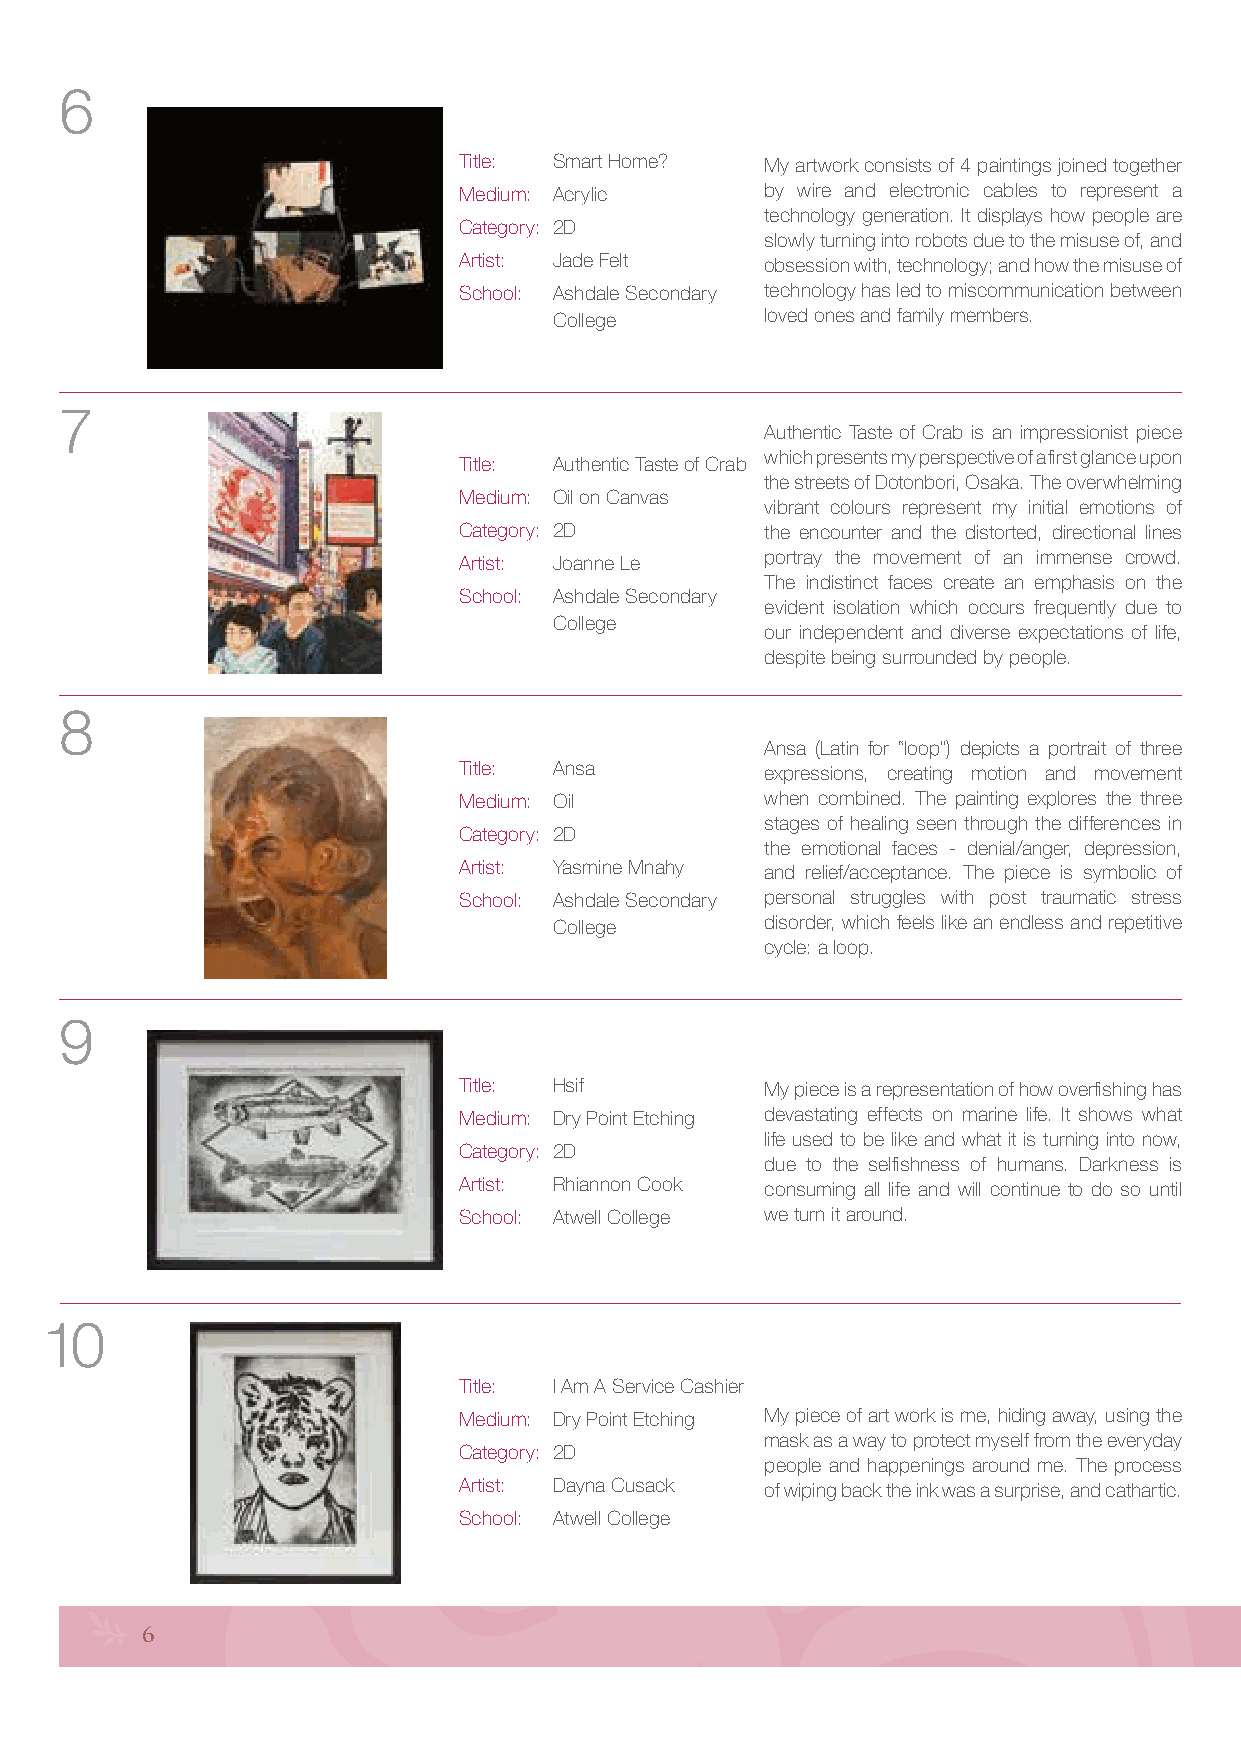
6
 Title: Smart Home?   My artwork consists of 4 paintings joined together
 Medium: Acrylic      by wire and electronic cables to represent a
 technology generation. It displays how people are
 Category: 2D
 slowly turning into robots due to the misuse of, and
 Artist: Jade Felt    obsession with, technology; and how the misuse of
 School: Ashdale Secondary technology has led to miscommunication between
 College       loved ones and family members.
 7
 Authentic Taste of Crab is an impressionist piece
 which presents my perspective of a first glance upon
 Title: Authentic Taste of Crab
 the streets of Dotonbori, Osaka. The overwhelming
 Medium: Oil on Canvas
 vibrant colours represent my initial emotions of
 Category: 2D         the encounter and the distorted, directional lines
 portray the movement of an immense crowd.
 Artist: Joanne Le
 The indistinct faces create an emphasis on the
 School: Ashdale Secondary
 evident isolation which occurs frequently due to
 College
 our independent and diverse expectations of life,
 despite being surrounded by people.
 8
 Ansa (Latin for “loop”) depicts a portrait of three
 Title: Ansa          expressions, creating motion and movement
 Medium: Oil          when combined. The painting explores the three
 stages of healing seen through the differences in
 Category: 2D
 the emotional faces - denial/anger, depression,
 Artist: Yasmine Mnahy and relief/acceptance. The piece is symbolic of
 School: Ashdale Secondary personal struggles with post traumatic stress
 College       disorder, which feels like an endless and repetitive
 cycle: a loop.
 9
 Title: Hsif          My piece is a representation of how overfishing has
 Medium: Dry Point Etching devastating effects on marine life. It shows what
 life used to be like and what it is turning into now,
 Category: 2D
 due to the selfishness of humans. Darkness is
 Artist: Rhiannon Cook consuming all life and will continue to do so until
 School: Atwell College we turn it around.
 10
 Title: I Am A Service Cashier
 Medium: Dry Point Etching My piece of art work is me, hiding away, using the
 mask as a way to protect myself from the everyday
 Category: 2D
 people and happenings around me. The process
 Artist: Dayna Cusack of wiping back the ink was a surprise, and cathartic.
 School: Atwell College
 6